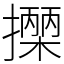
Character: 𢷡